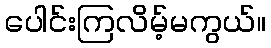
ပေါင်းကြလိမ့်မကွယ်။